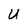
Character: U